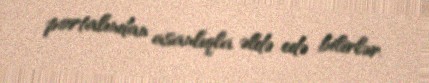
portalından asanlıqla əldə edə bilirlər.